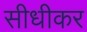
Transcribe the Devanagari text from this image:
सीधीकर